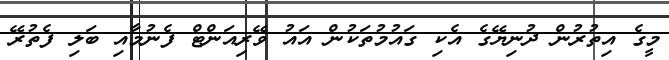
މީގެ އިތުުރުން ދުނިޔޭގެ އެކި ގައުމުތަކުން އައު ވޭރިއަންޓް ފެނުމާއި ބަލި ފެތުރޭ